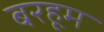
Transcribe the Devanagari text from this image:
बरहूम